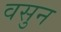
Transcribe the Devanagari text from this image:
वसुन